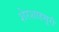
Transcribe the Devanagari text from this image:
शेरशाहसूरी